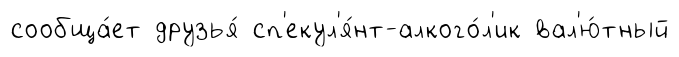
сообща́ет друзья́ сп'екул'я́нт-алкого́л'ик вал'ю́тный